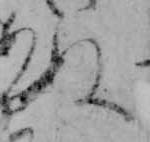
ぬ